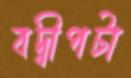
বদ্বীপটা